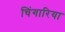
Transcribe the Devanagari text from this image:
चिंगारिया